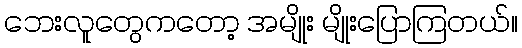
ဘေးလူတွေကတော့ အမျိုး မျိုးပြောကြတယ်။